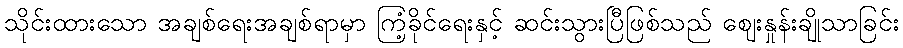
သိုင်းထားသော အချစ်ရေးအချစ်ရာမှာ ကြံ့ခိုင်ရေးနှင့် ဆင်းသွားပြီဖြစ်သည် ဈေးနှုန်းချိုသာခြင်း